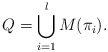
\begin{align*}Q=\bigcup_{i=1}^l M(\pi_i).\end{align*}